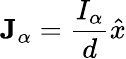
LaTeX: \mathbf{J}_{\alpha}={\frac{I_{\alpha}}{d}}\hat{x}